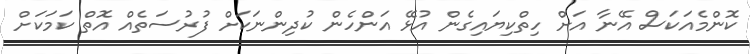
ކޮންމެއަކަސް އޭނާ އަށް ހިތްކިޔައިގެން އުޅޭ އަންހެން ކުދިންނަކަށް ފުރުސަތެއް އޮތް ކަމަކަށް